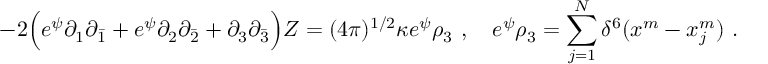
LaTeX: - 2 \Bigl ( e ^ { \psi } \partial _ { 1 } \partial _ { \bar { 1 } } + e ^ { \psi } \partial _ { 2 } \partial _ { \bar { 2 } } + \partial _ { 3 } \partial _ { \bar { 3 } } \Bigr ) Z = ( 4 \pi ) ^ { 1 / 2 } \kappa e ^ { \psi } \rho _ { 3 } \ , \quad e ^ { \psi } \rho _ { 3 } = \sum _ { j = 1 } ^ { N } \delta ^ { 6 } ( x ^ { m } - x _ { j } ^ { m } ) \ .